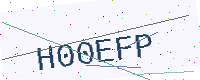
Text: H00EFP